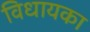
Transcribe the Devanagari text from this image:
विधायका